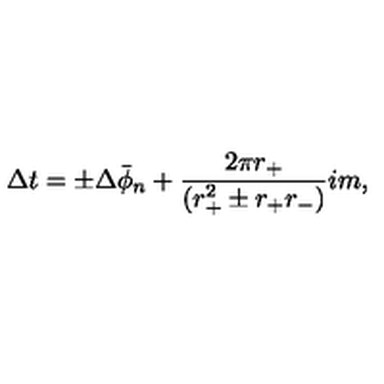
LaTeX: \Delta t = \pm \Delta \bar { \phi } _ { n } + { \frac { 2 \pi r _ { + } } { ( r _ { + } ^ { 2 } \pm r _ { + } r _ { - } ) } } i m ,